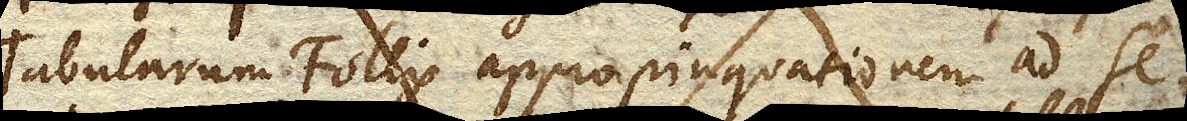
Tabularum Follis appropinquationem ad se